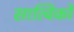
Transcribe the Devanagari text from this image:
सात्विकों